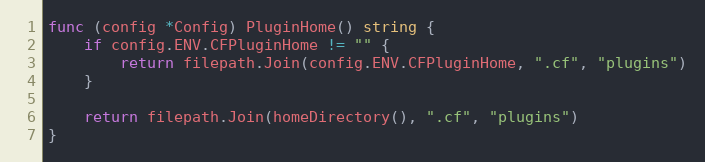
Language: Go
func (config *Config) PluginHome() string {
	if config.ENV.CFPluginHome != "" {
		return filepath.Join(config.ENV.CFPluginHome, ".cf", "plugins")
	}

	return filepath.Join(homeDirectory(), ".cf", "plugins")
}